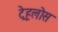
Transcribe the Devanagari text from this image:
ट्रेहलोस